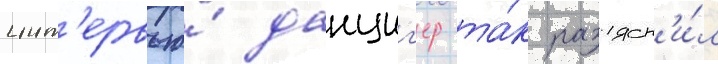
инт'ервью́ данциг'ер та́к разъясн'и́л